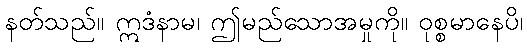
နတ်သည်။ ဣဒံနာမ၊ ဤမည်သောအမှုကို။ ဝုစ္စမာနေပိ၊